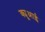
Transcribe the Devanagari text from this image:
क्यूआई